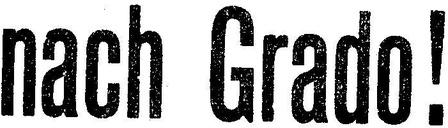
nach Grado!